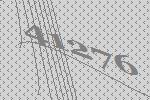
41276